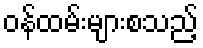
ဝန်ထမ်းများစသည့်